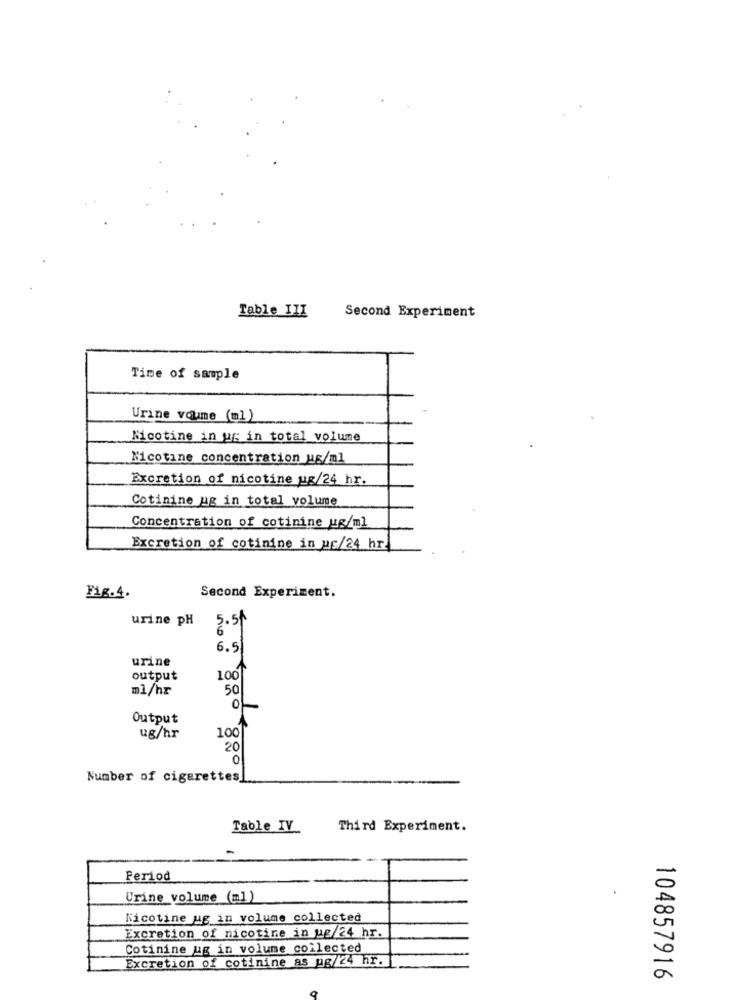
Second Experiment
Table III
Time of sample
Urine voume (ml)
Nicotine in ug in total volume
Nicotine concentration ug/ml
Excretion of nicotine ug/24 hr.
Cotinine ug in total volume
Concentration of cotinine ug/ml
Excretion of cotinine in us/24 hr
Second Experiment.
Fig.4.
urine pH
5.5
6.51
urine
output
100
ml/hr
50
Output
100
ug/hr
20
0
Number of cigarettes
Table IV
Third Experiment.
Period
Urine volume (ml)
Nicotine ug in volume collected
Excretion of nicotine in Mg/24 hr.
Cotinine ug in volume collected
Excretion of cotinine as pg/24 hr.
104857916